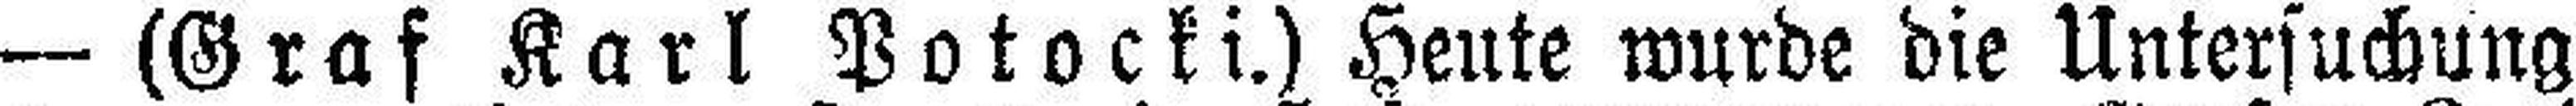
— (Graf Karl Potocki.) Heute wurde die Untersuchung